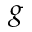
g